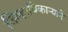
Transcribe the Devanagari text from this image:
जिल्हाधिकाऱ्याने